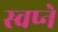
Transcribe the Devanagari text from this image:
स्वप्‍ने